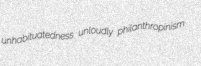
unhabituatedness unloudly philanthropinism